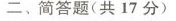
二、简答题(共17分)